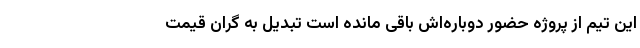
این تیم از پروژه حضور دوباره‌اش باقی مانده است تبدیل به گران قیمت